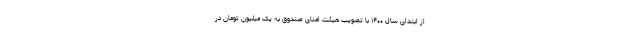
از ابتدای سال ۱۴۰۰ با تصویب هیئت امنای صندوق به یک میلیون تومان در